Tezpur Lunatic Asylum reports 1895-1904 - 1895-1904
Year: 1895
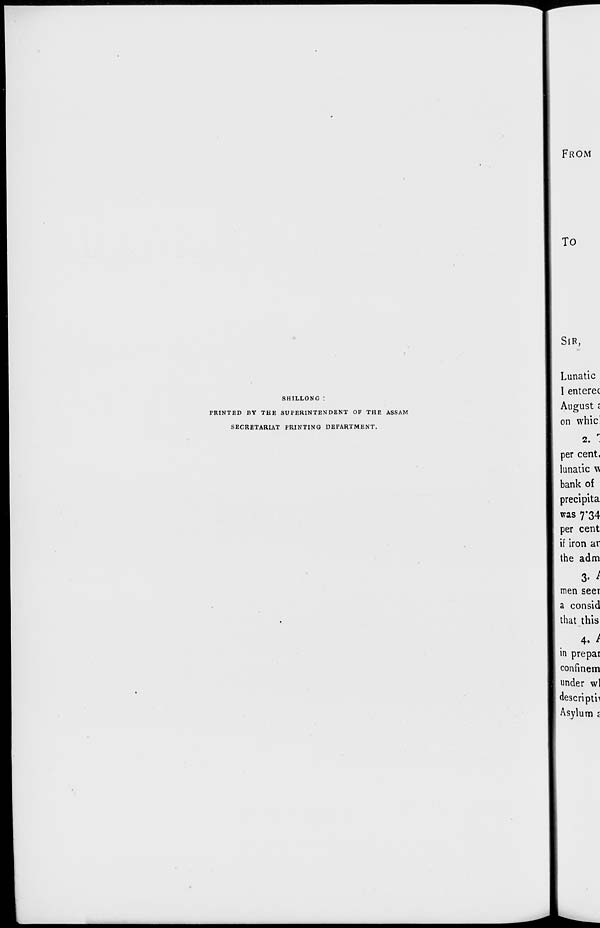
SHILLONG :
PRINTED BV THE SUPERINTENDENT OF THE ASSAM
SECRETARIAT PRINTING DEPARTMENT.